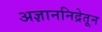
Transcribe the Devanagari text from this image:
अज्ञाननिद्रेतून